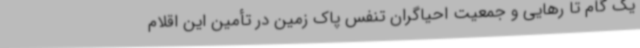
یک گام تا رهایی و جمعیت احیاگران تنفس پاک زمین در تأمین این اقلام